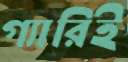
গ্যারিই